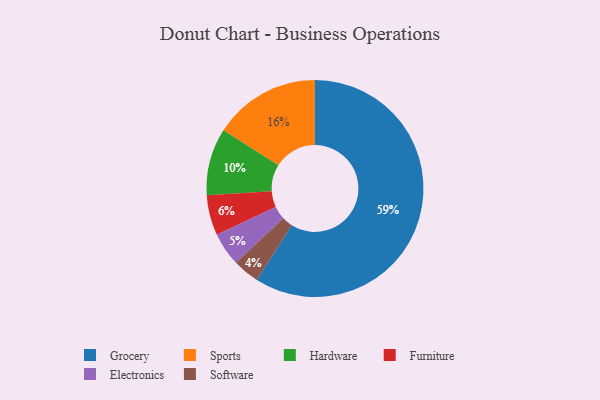
{"axis": {"x": "Category", "y": "Percentage"}, "legend": ["Electronics", "Furniture", "Grocery", "Hardware", "Software", "Sports"], "data": [{"x": "Sports", "y": 16, "type": "Sports"}, {"x": "Electronics", "y": 5, "type": "Electronics"}, {"x": "Furniture", "y": 6, "type": "Furniture"}, {"x": "Grocery", "y": 59, "type": "Grocery"}, {"x": "Hardware", "y": 10, "type": "Hardware"}, {"x": "Software", "y": 4, "type": "Software"}]}